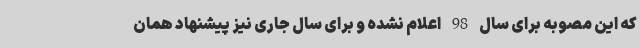
که این مصوبه برای سال 98 اعلام نشده و برای سال جاری نیز پیشنهاد همان